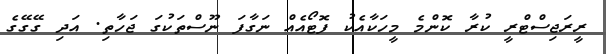
ރީރަޖިސްޓްރީ ކުރާ ކޮންމެ މީހަކާއެކު ފޮޓޯއެއް ނަގާފަ ނޫސްތަކުގަ ޖަހާތި. އަދި ގޭގޭގެ